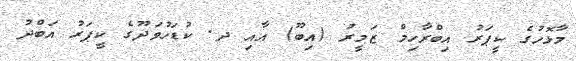
މާޅޮހުގެ ކީޕަރު އިބްރާހިމް ޒަމީރު (އިބޫ) އާއި ދ. ކުޑަހުވަދޫގެ ކީޕަރު އަބްދު